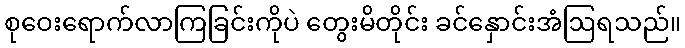
စုဝေးရောက်လာကြခြင်းကိုပဲ တွေးမိတိုင်း ခင်နှောင်းအံဩရသည်။